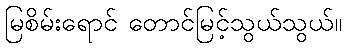
မြစိမ်းရောင် တောင်မြင့်သွယ်သွယ်။